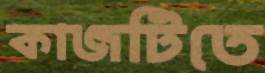
কাজটিতে